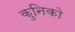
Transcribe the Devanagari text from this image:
कुनिको